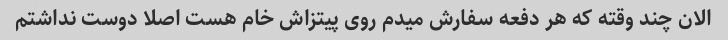
الان چند وقته که هر دفعه سفارش میدم روی پیتزاش خام هست اصلا دوست نداشتم